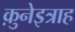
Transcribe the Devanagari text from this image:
क़ुनेइत्राह